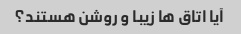
آیا اتاق ها زیبا و روشن هستند؟